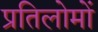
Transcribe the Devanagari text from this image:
प्रतिलोमों